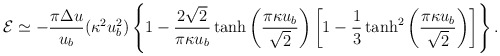
\begin{align*}{\cal E}\simeq -\frac{\pi\Delta u}{u_b}(\kappa^2u^2_b)\left\{1-\frac{2\sqrt{2}}{\pi\kappa u_b}\tanh\left(\frac{\pi\kappa u_b}{\sqrt{2}}\right)\left[1-\frac{1}{3}\tanh^2\left(\frac{\pi\kappa u_b}{\sqrt{2}}\right)\right]\right\}.\end{align*}